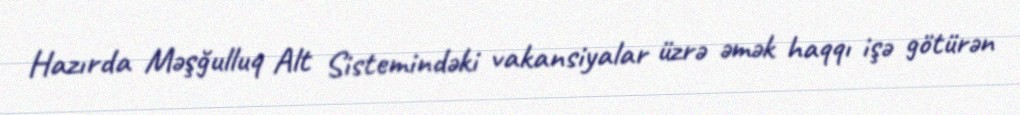
Hazırda Məşğulluq Alt Sistemindəki vakansiyalar üzrə əmək haqqı işə götürən